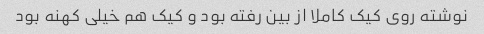
نوشته روی کیک کاملا از بین رفته بود و کیک هم خیلی کهنه بود